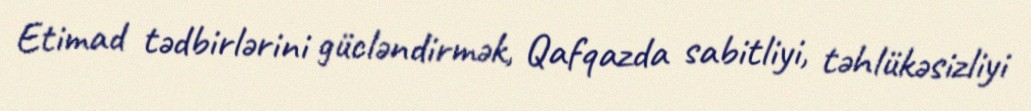
Etimad tədbirlərini gücləndirmək, Qafqazda sabitliyi, təhlükəsizliyi